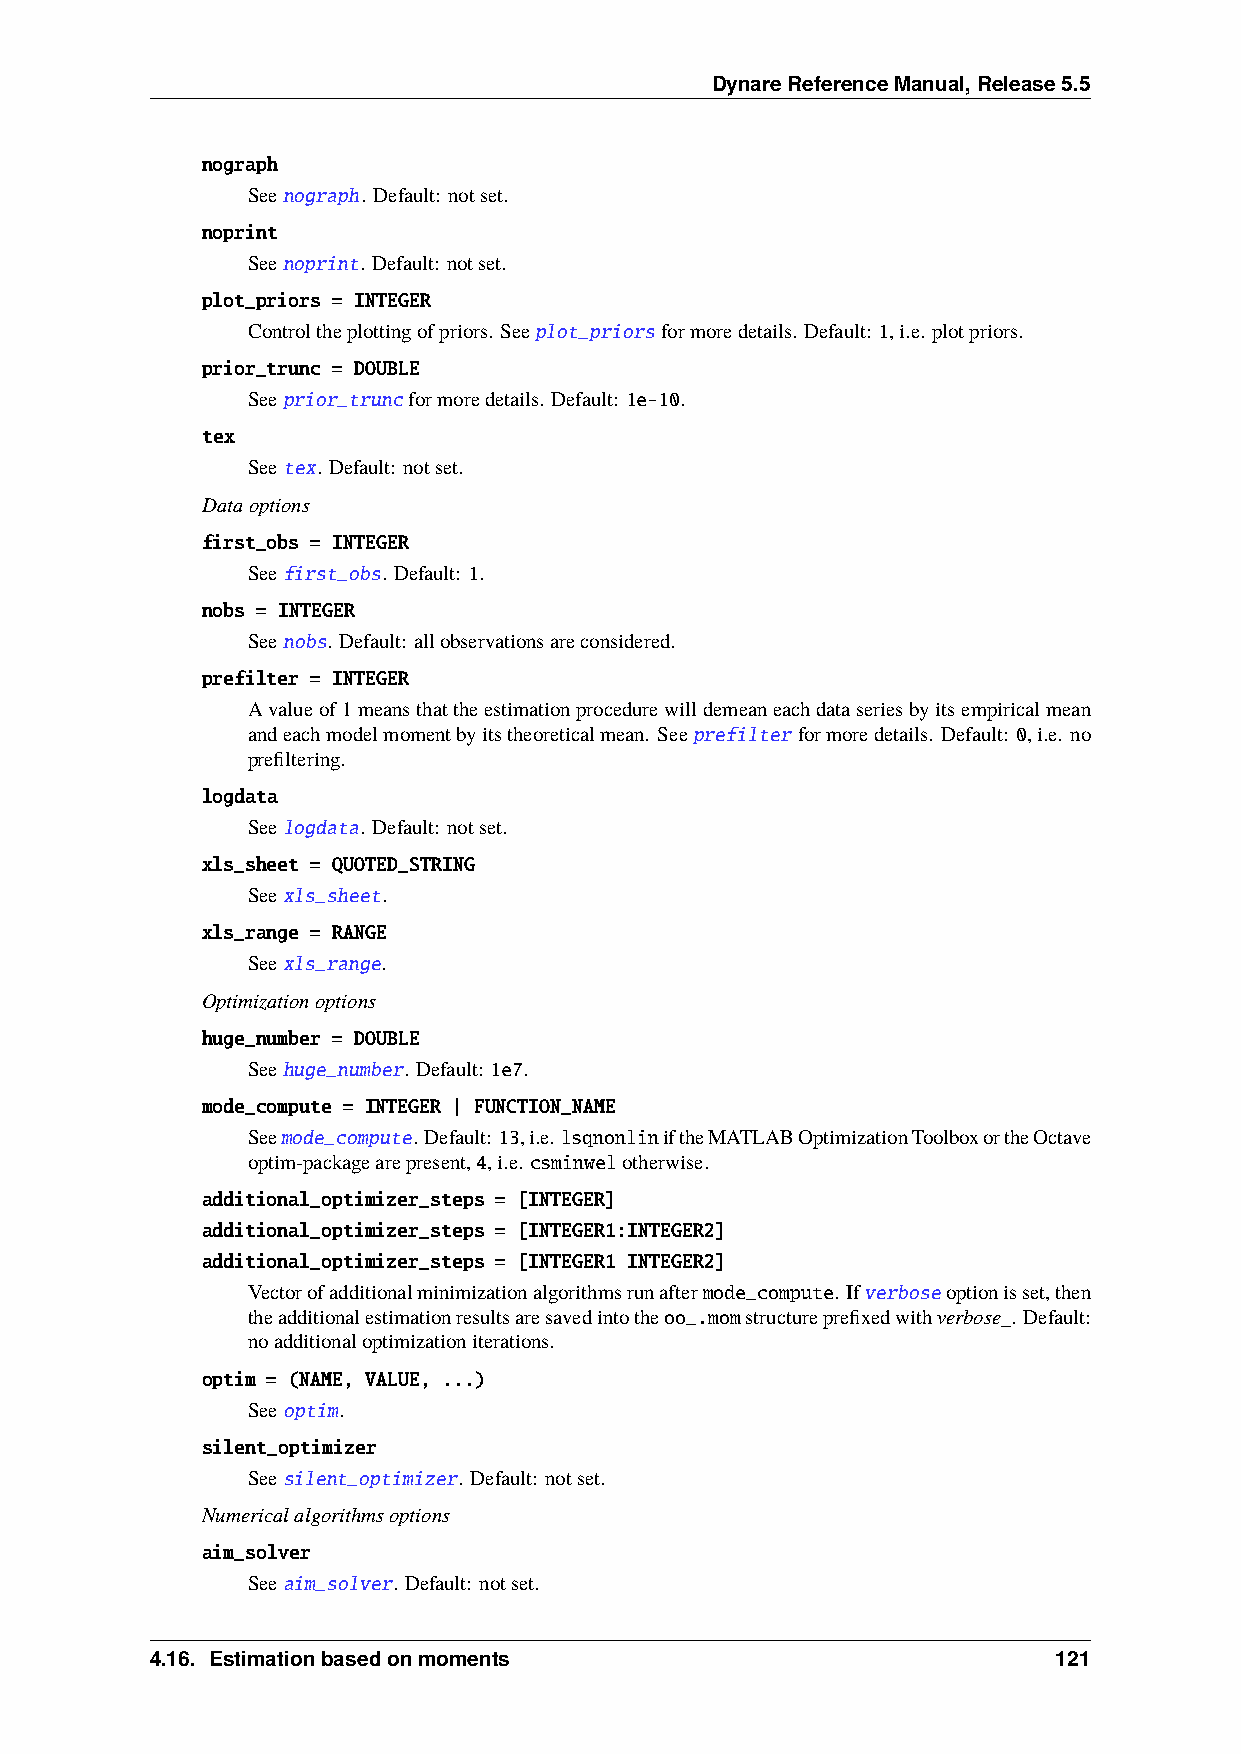
DynareReferenceManual,Release5.5
 nograph
 Seenograph. Default: notset.
 noprint
 Seenoprint. Default: notset.
 plot_priors = INTEGER
 Controltheplottingofpriors. Seeplot_priorsformoredetails. Default: 1,i.e. plotpriors.
 prior_trunc = DOUBLE
 Seeprior_truncformoredetails. Default: 1e-10.
 tex
 Seetex. Default: notset.
 Dataoptions
 first_obs = INTEGER
 Seefirst_obs. Default: 1.
 nobs = INTEGER
 Seenobs. Default: allobservationsareconsidered.
 prefilter = INTEGER
 Avalueof1meansthattheestimationprocedurewilldemeaneachdataseriesbyitsempiricalmean
 andeachmodelmomentbyitstheoreticalmean. Seeprefilterformoredetails. Default: 0,i.e. no
 prefiltering.
 logdata
 Seelogdata. Default: notset.
 xls_sheet = QUOTED_STRING
 Seexls_sheet.
 xls_range = RANGE
 Seexls_range.
 Optimizationoptions
 huge_number = DOUBLE
 Seehuge_number. Default: 1e7.
 mode_compute = INTEGER | FUNCTION_NAME
 Seemode_compute. Default:13,i.e. lsqnonliniftheMATLABOptimizationToolboxortheOctave
 optim-packagearepresent,4,i.e. csminwelotherwise.
 additional_optimizer_steps = [INTEGER]
 additional_optimizer_steps = [INTEGER1:INTEGER2]
 additional_optimizer_steps = [INTEGER1 INTEGER2]
 Vectorofadditionalminimizationalgorithmsrunaftermode_compute. Ifverboseoptionisset,then
 theadditionalestimationresultsaresavedintotheoo_.momstructureprefixedwithverbose_. Default:
 noadditionaloptimizationiterations.
 optim = (NAME, VALUE, ...)
 Seeoptim.
 silent_optimizer
 Seesilent_optimizer. Default: notset.
 Numericalalgorithmsoptions
 aim_solver
 Seeaim_solver. Default: notset.
 4.16. Estimationbasedonmoments                              121